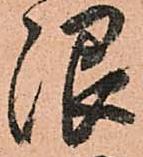
限